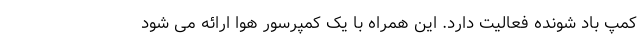
کمپ باد شونده فعالیت دارد. این همراه با یک کمپرسور هوا ارائه می شود